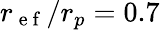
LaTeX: r_{\mathrm{~e~f~}}/r_{p}=0.7